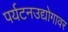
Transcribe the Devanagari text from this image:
पर्यटनउद्योगावर